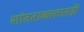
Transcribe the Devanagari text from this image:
शांतताकालातही